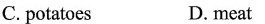
C.potatoes D. meat